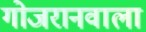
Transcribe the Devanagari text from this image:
गोजरानवाला